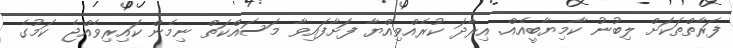
ފަރާތްތަކަށް ލިބުނު ކާމިޔާބީއެއް. އިރާދަ ކުރެއްވިއްޔާ ފަށާފައިވާ މަސައްކަތް ނިމެން ކައިރިވެއްޖެ ކަމުގެ